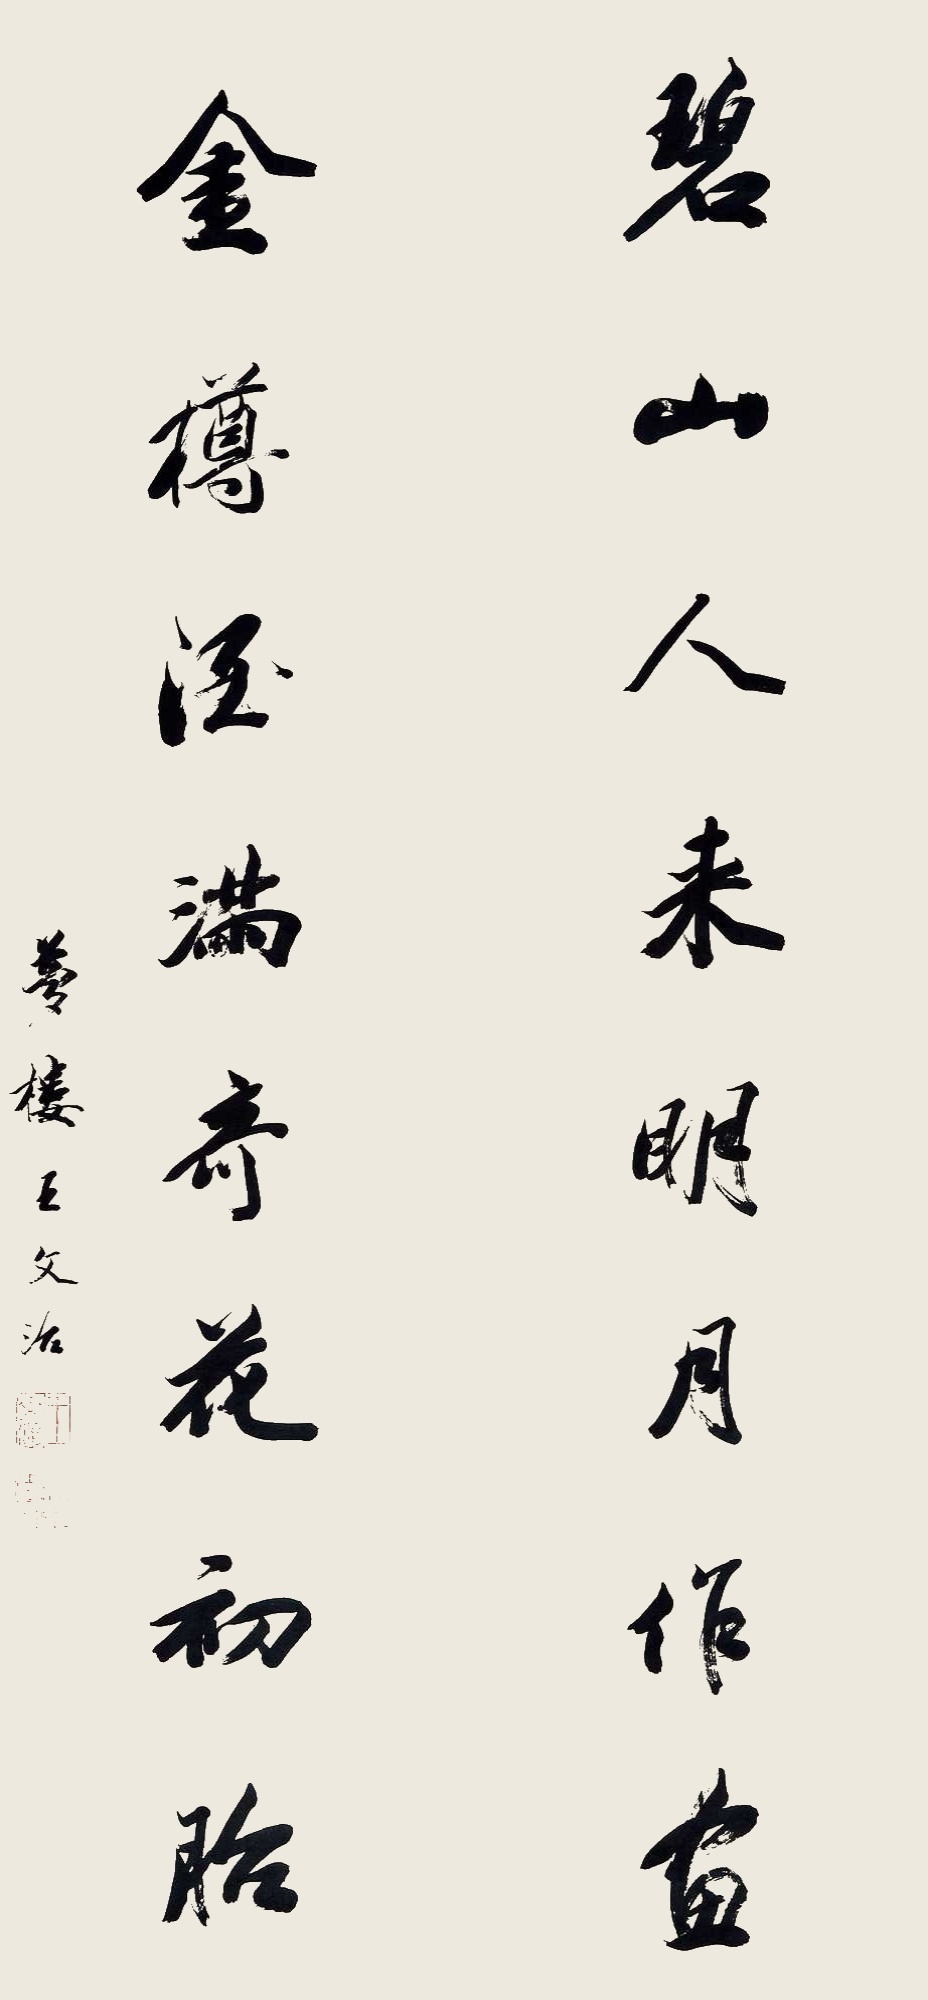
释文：碧山人来明月作画，金尊酒满奇花初胎。梦楼王文治，文章太史。